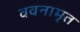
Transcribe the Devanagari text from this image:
ववनामृत